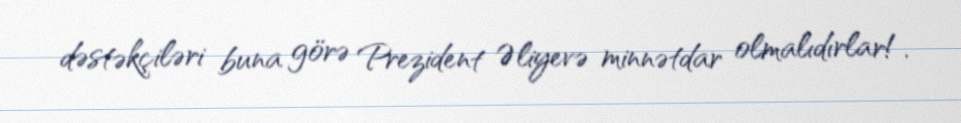
dəstəkçiləri buna görə Prezident Əliyevə minnətdar olmalıdırlar!.